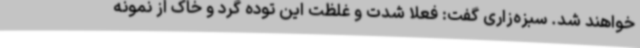
خواهند شد. سبزه‌زاری گفت: فعلا شدت و غلظت این توده گرد و خاک از نمونه